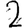
Digit: 2